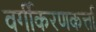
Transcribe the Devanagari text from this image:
वर्गीकरणकर्त्ता